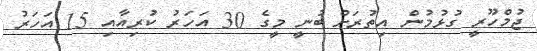
ޖުމްހޫރީ ގުޅުމުން އިތުރަށް ބުނީ މީގެ 30 އަހަރު ކުރިއާއި 15 އަހަރު